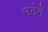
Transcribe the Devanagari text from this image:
उठेगें